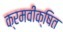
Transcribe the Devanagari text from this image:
क्रमवीक्षित